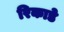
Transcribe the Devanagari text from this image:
रिकाडे